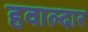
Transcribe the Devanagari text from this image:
हवाल्दार